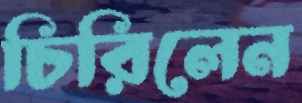
চিরিলেন